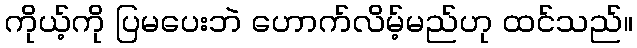
ကိုယ့်ကို ပြမပေးဘဲ ဟောက်လိမ့်မည်ဟု ထင်သည်။